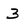
Character: 3